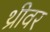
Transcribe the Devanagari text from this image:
थ्रीवर